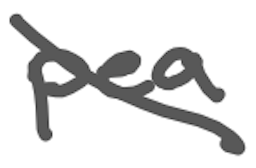
Text: pea
Cross-out: diagonal
Writing tool: digital_gray